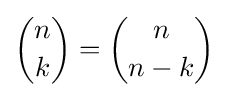
{\binom {n}{k}}={\binom {n}{n-k}}